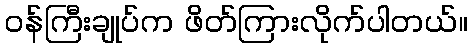
ဝန်ကြီးချုပ်က ဖိတ်ကြားလိုက်ပါတယ်။